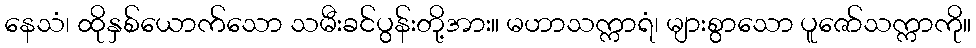
နေသံ၊ ထိုနှစ်ယောက်သော သမီးခင်ပွန်းတို့အား။ မဟာသက္ကာရံ၊ များစွာသော ပူဇော်သက္ကာကို။